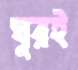
ঘুরই